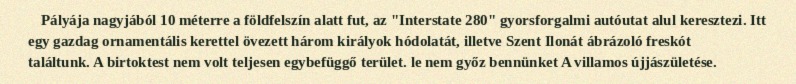
Pályája nagyjából 10 méterre a földfelszín alatt fut, az "Interstate 280" gyorsforgalmi autóutat alul keresztezi. Itt egy gazdag ornamentális kerettel övezett három királyok hódolatát, illetve Szent Ilonát ábrázoló freskót találtunk. A birtoktest nem volt teljesen egybefüggő terület. le nem győz bennünket A villamos újjászületése.